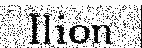
Ilion